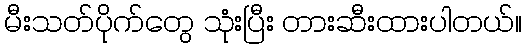
မီးသတ်ပိုက်တွေ သုံးပြီး တားဆီးထားပါတယ်။